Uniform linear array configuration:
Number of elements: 12
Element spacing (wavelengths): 0.5
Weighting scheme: exponential
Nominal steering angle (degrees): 30
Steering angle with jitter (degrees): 31.609
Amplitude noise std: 0.05
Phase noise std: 0.05

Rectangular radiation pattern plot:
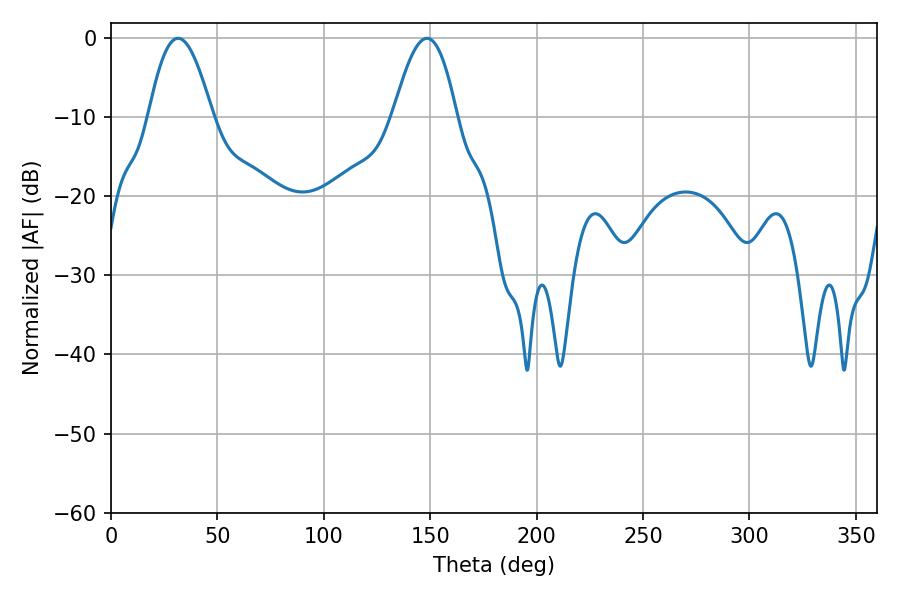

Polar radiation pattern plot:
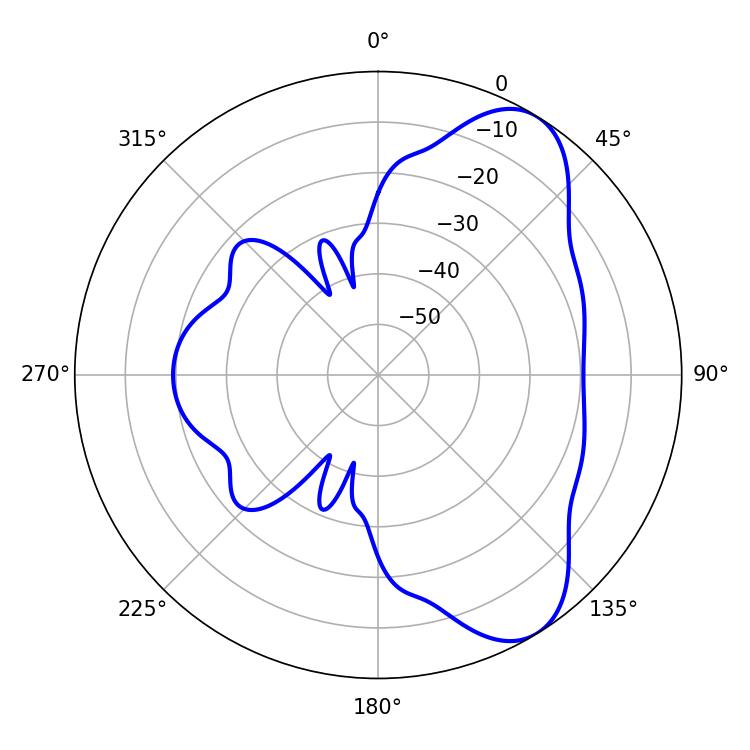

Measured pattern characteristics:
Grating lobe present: FALSE
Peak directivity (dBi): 7.609
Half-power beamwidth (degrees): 16.2
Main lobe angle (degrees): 31.5